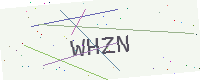
Text: WHZN